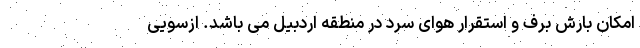
امکان بارش برف و استقرار هوای سرد در منطقه اردبیل می باشد. ازسویی